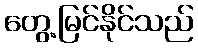
တွေ့မြင်နိုင်သည်